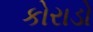
કોરાડો